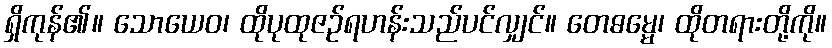
ရှိကုန်၏။ သောယေဝ၊ ထိုပုထုဇဉ်ရဟန်းသည်ပင်လျှင်။ တေဓမ္မေ၊ ထိုတရားတို့ကို။